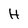
Character: H